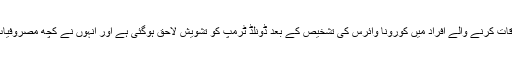
رپورٹ کے مطابق خود سے ملاقات کرنے والے افراد میں کورونا وائرس کی تشخیص کے بعد ڈونلڈ ٹرمپ کو تشویش لاحق ہوگئی ہے اور انہوں نے کچھ مصروفیات کو ملتوی یا منسوخ بھی کردیا۔